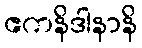
ဧကနိဒါနာနိ